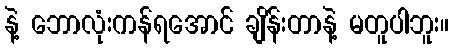
နဲ့ ဘောလုံးကန်ရအောင် ချိန်းတာနဲ့ မတူပါဘူး။